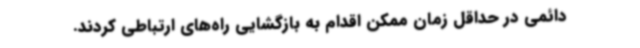
دائمی در حداقل زمان ممکن اقدام به بازگشایی راه‌های ارتباطی کردند.